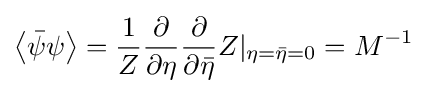
\left\langle {\bar {\psi }}\psi \right\rangle ={\frac {1}{Z}}{\frac {\partial }{\partial \eta }}{\frac {\partial }{\partial {\bar {\eta }}}}Z|_{\eta ={\bar {\eta }}=0}=M^{-1}